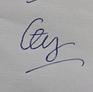
Signature authenticity: forged